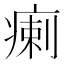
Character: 瘌